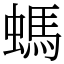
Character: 螞